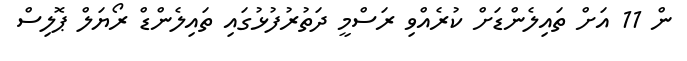
ން 11 އަށް ތައިލެންޑަށް ކުރެއްވި ރަސްމީ ދަތުރުފުޅުގައި ތައިލެންޑް ރޯޔަލް ޕޮލިސް